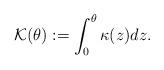
LaTeX: \begin{align*}\mathcal{K}(\theta):=\int_0^\theta \kappa (z)dz.\end{align*}